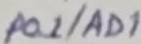
Text: P0.1/AD1